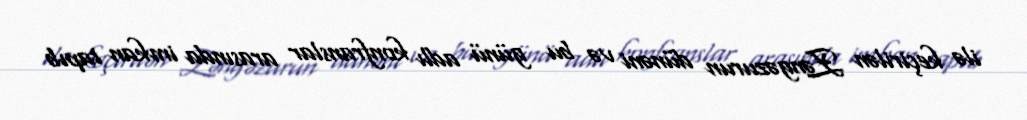
ilə keçirilən Zəngəzurun dünəni və bu günü adlı konfranslar arasında imkan tapıb